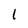
Character: l